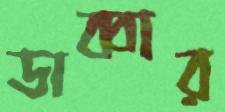
ডাব্বার